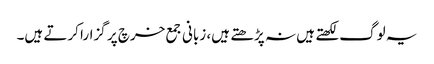
یہ لوگ لکھتے ہیں نہ پڑھتے ہیں، زبانی جمع خرچ پر گزارا کرتے ہیں۔